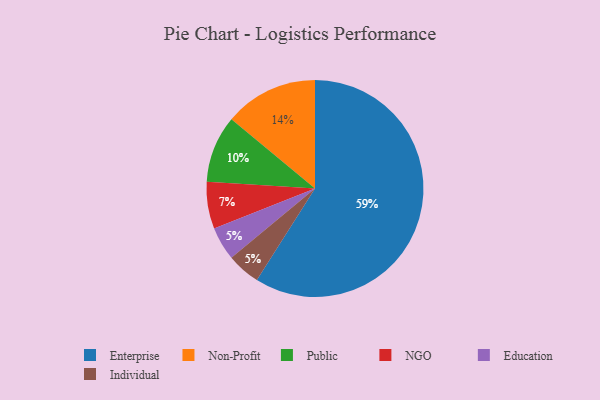
{"axis": {"x": "Category", "y": "Percentage"}, "legend": ["Education", "Enterprise", "Individual", "NGO", "Non-Profit", "Public"], "data": [{"x": "Public", "y": 10, "type": "Public"}, {"x": "NGO", "y": 7, "type": "NGO"}, {"x": "Non-Profit", "y": 14, "type": "Non-Profit"}, {"x": "Education", "y": 5, "type": "Education"}, {"x": "Individual", "y": 5, "type": "Individual"}, {"x": "Enterprise", "y": 59, "type": "Enterprise"}]}